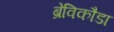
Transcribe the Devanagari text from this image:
ब्रेविकौडा